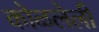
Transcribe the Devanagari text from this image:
कोळलेली